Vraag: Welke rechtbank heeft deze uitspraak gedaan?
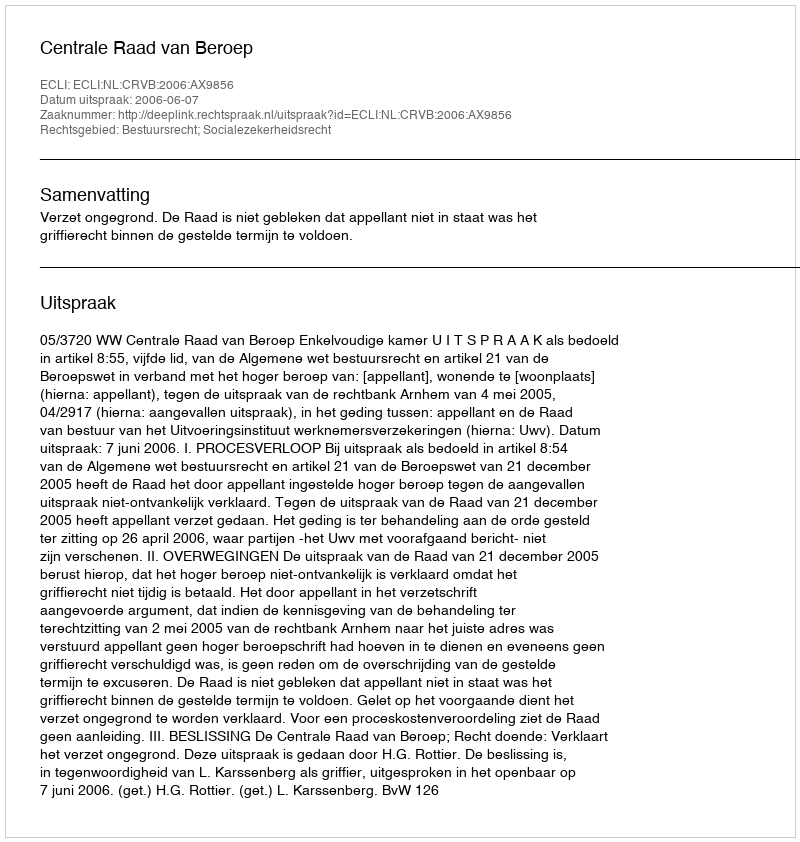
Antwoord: Centrale Raad van Beroep